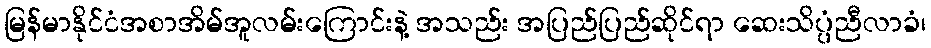
မြန်မာနိုင်ငံအစာအိမ်အူလမ်းကြောင်းနဲ့ အသည်း အပြည်ပြည်ဆိုင်ရာ ဆေးသိပ္ပံညီလာခံ၊